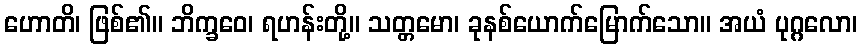
ဟောတိ၊ ဖြစ်၏။ ဘိက္ခဝေ၊ ရဟန်းတို့။ သတ္တမော၊ ခုနစ်ယောက်မြောက်သော။ အယံ ပုဂ္ဂလော၊